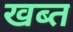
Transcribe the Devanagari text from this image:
खब्त